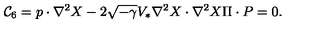
{ \cal C } _ { 6 } = p \cdot \nabla ^ { 2 } X - 2 \sqrt { - \gamma } V _ { * } \nabla ^ { 2 } X \cdot \nabla ^ { 2 } X \Pi \cdot P = 0 .